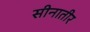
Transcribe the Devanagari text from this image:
सीनातीर